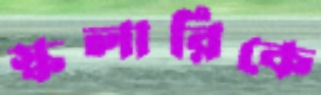
স্কলারিকে